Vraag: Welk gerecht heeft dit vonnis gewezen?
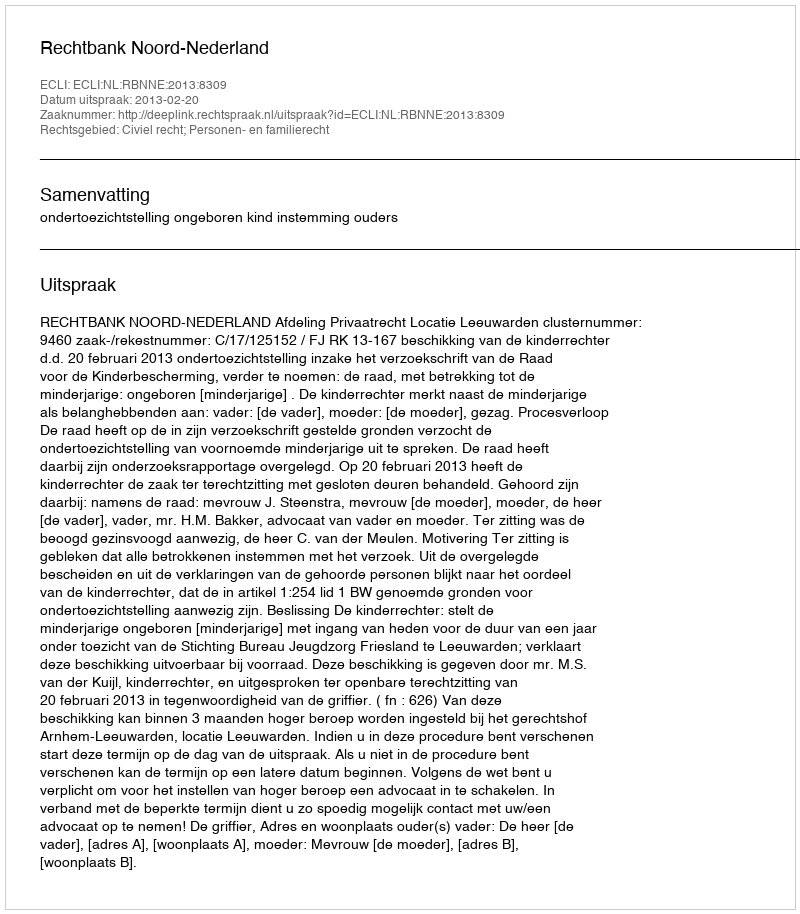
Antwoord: Rechtbank Noord-Nederland